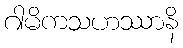
ဂါမိကသဟဿာနိ